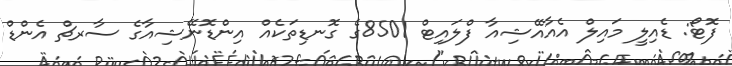
ފޮޓޯ: ޑެއިލީ މައިލް އެއާއޭޝިއާ ފްލައިޓް 8501ގެ ގޮނޑިތަކެއް އިންޑޮނޭޝިއާގެ ސާރޗް އެންޑް